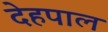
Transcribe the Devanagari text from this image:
देहपाल